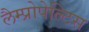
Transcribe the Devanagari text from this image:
लैम्प्रोपेल्टिस